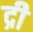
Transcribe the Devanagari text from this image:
द्री